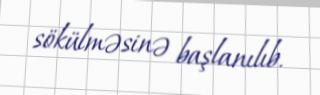
sökülməsinə başlanılıb.